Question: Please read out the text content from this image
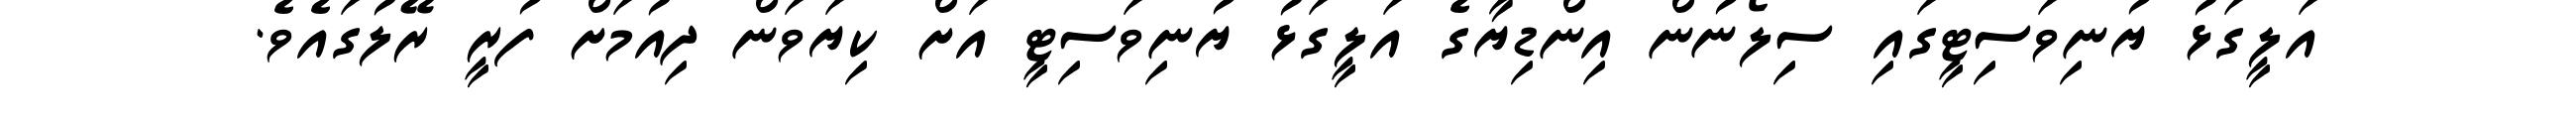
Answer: އަލީގަޅު ޔުނިވަސިޓީގައި ސިލޯނުން އިންޑިޔާގެ އަލީގަޅު ޔުނިވަސިޓީ އަށް ކިޔަވަން ދިއުމަށް ފުރީ ރޭލުގައެވެ.